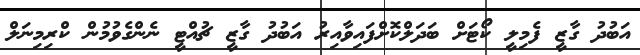
އަބުދު ގާޒީ ފެމިލީ ކޯޓަށް ބަދަލްކޮށްފައިވާއިރު އަބުދު ގާޒީ ޗުއްޓީ ނެންގެވުމުން ކްރިމިނަލް